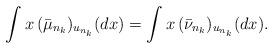
LaTeX: \begin{align*}\int x\,(\bar{\mu}_{n_{k}})_{u_{n_{k}}}(dx)=\int x\,(\bar{\nu}_{n_{k}})_{u_{n_{k}}}(dx).\end{align*}